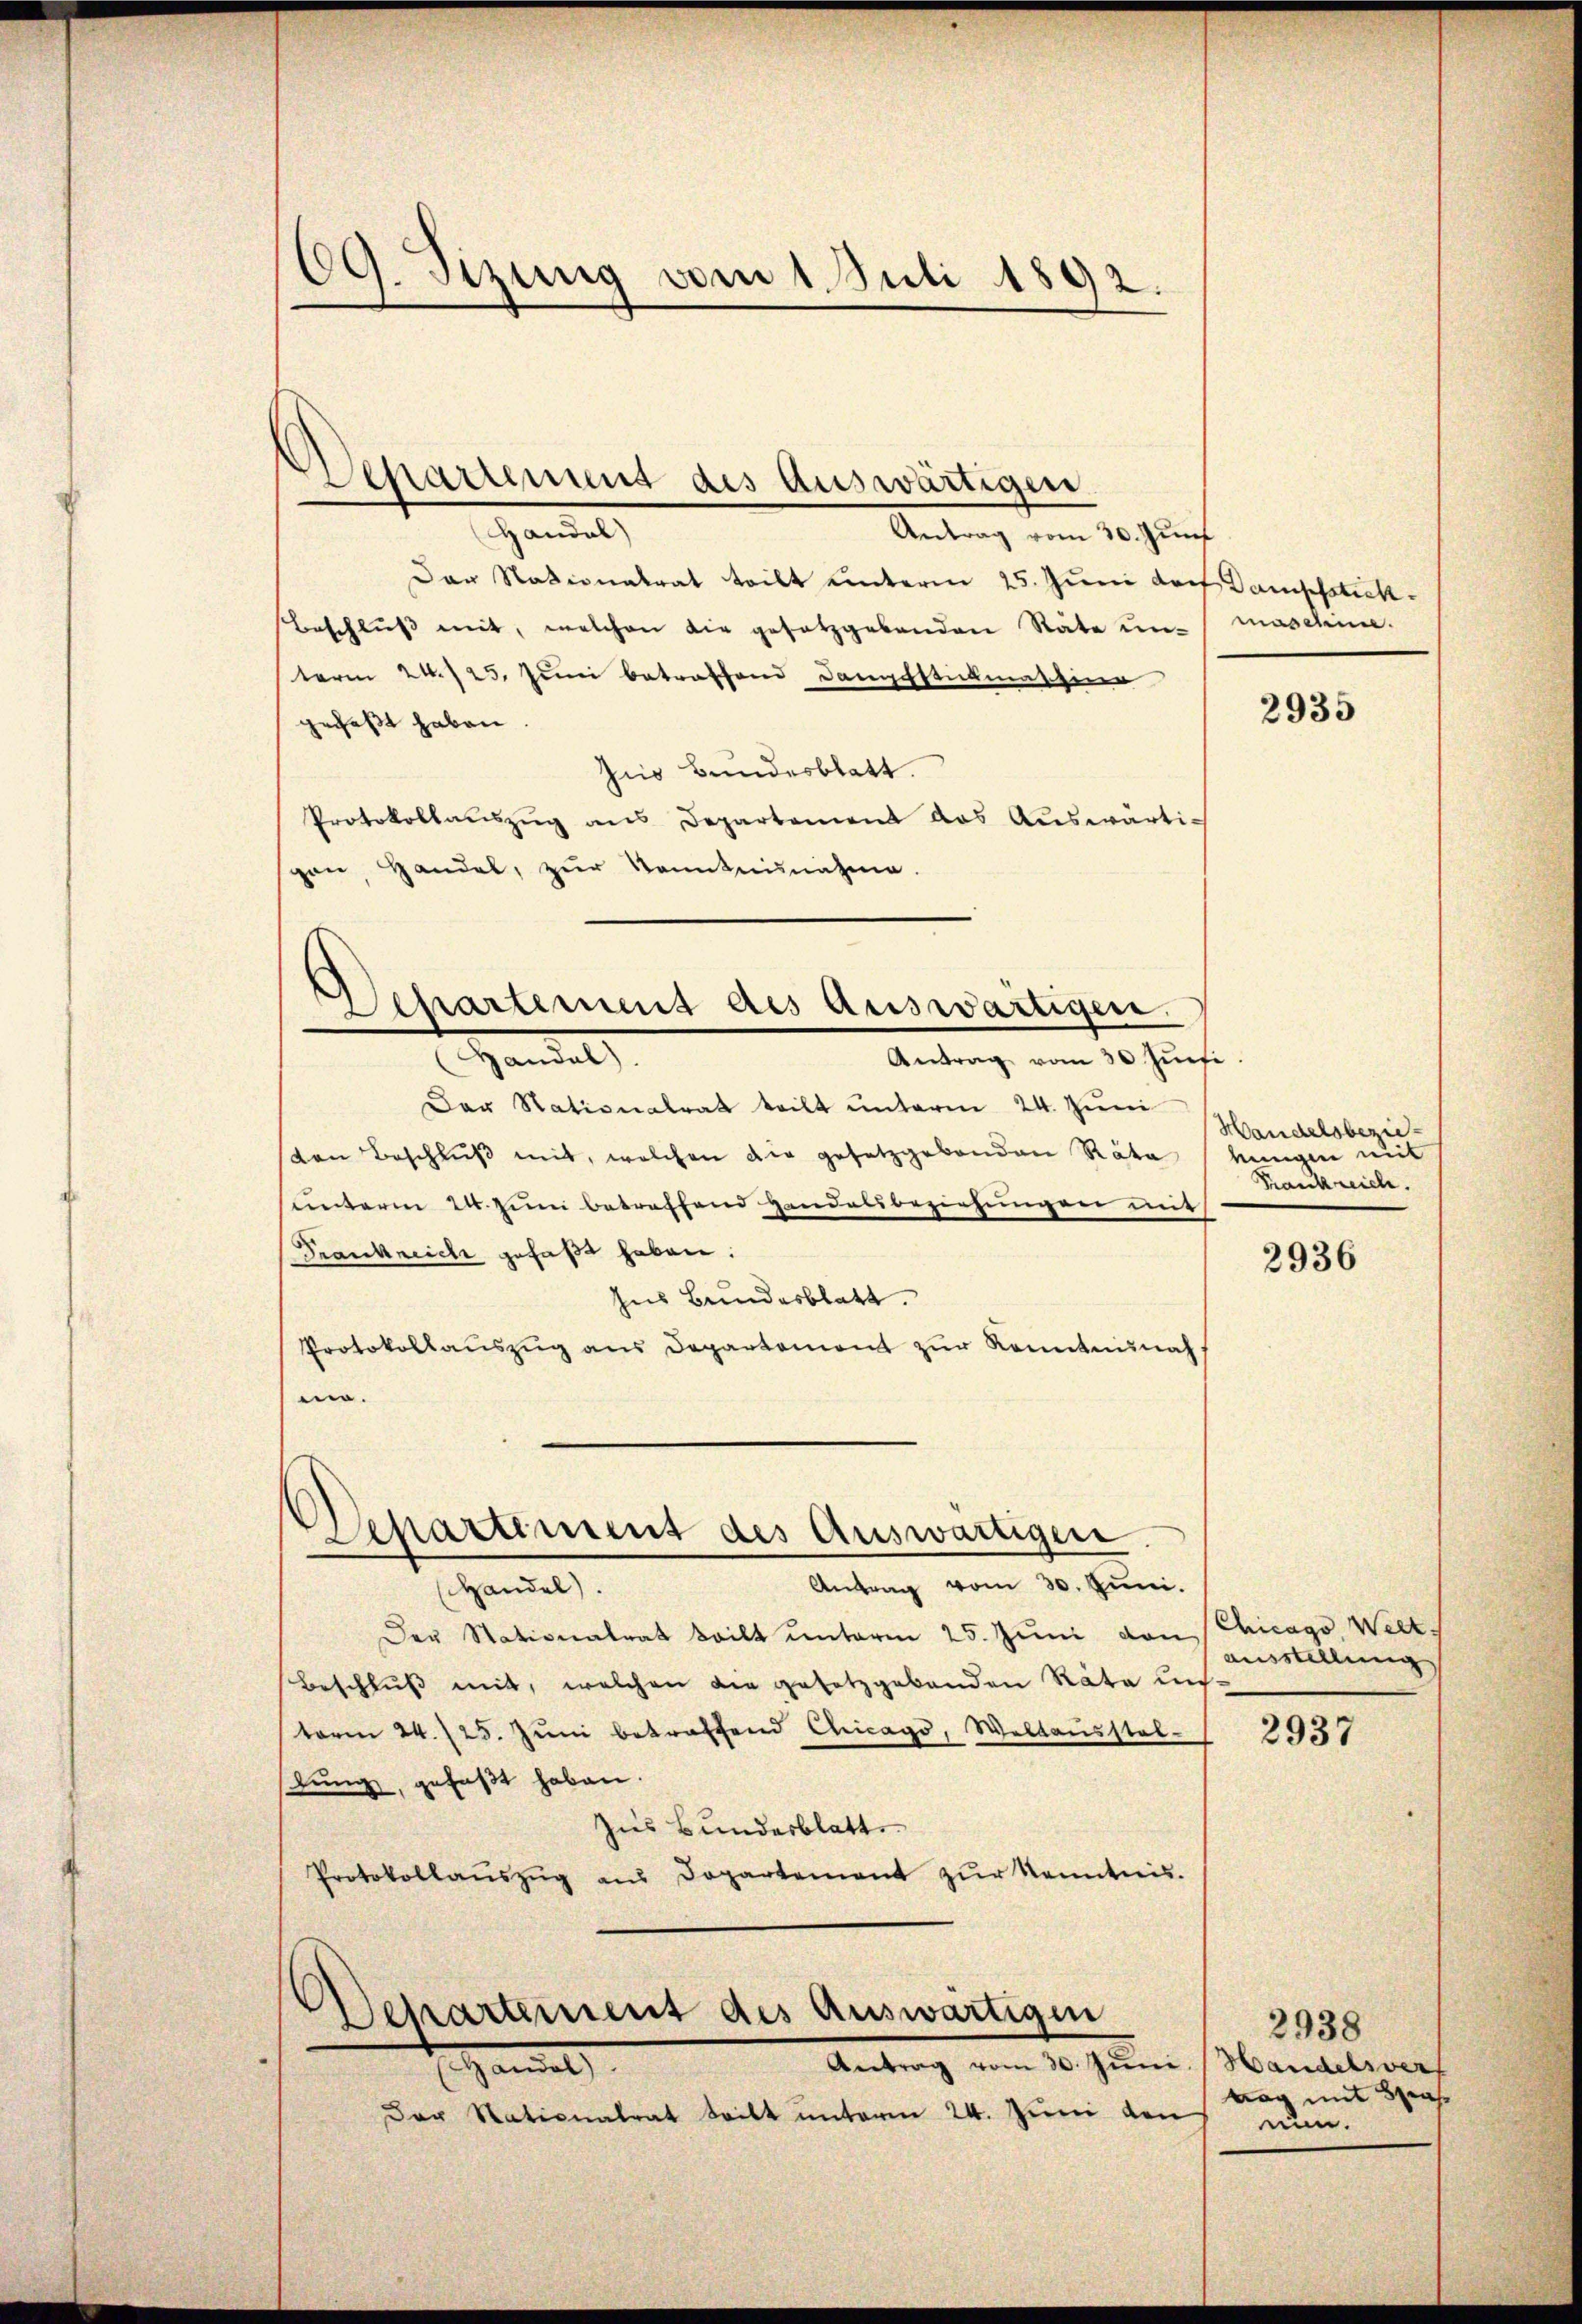
69. Sizung vom 1. Juli 1892.

Departement des auswärtigen

Handel
Antrag vom 30. Juni
Der Stationalrat teilt unterm 25. Juni doch Dampfstick
Beschlŭβ mit, welchen die gesetzgebenden Räte unterm 24. 125. Juni betreffend Dampfstickmaschine
gefaßt haben.
zis Bundesblatt.
Protokollaŭszŭg ans Departement das Aŭswärtipan, Handel, zŭr Kenntninatie.

Departement des Auswärtigen.
Handel
Antrag vom 30 Juni

Der Stationalrat teilt ŭnterm 24. Juni
ten Beschlŭβ mit, welchen die gesetzgebenden Rata
sunterm 24. zum betreffend Handesbeziehungen mit
Frankreich gefaßt haben.
Ins Bundesblatt.
Protokollaŭszŭg ans Departement zŭr Kenntninah
ma.

Separtiment des Auswärtigen.

Departement des Auswärtigen
Antrag vom 30. Juni.
Handel

Der Stationalrat teilt unterm 24. Juni den

maschien.

Antrag vom 30. Juni.
Handel.
Der Stationalrat teilt unterm 25. Juni von Chicago Welt-
Beschluß mit, welchen die gesetzgebenden Räte un
toren 24. 125. Jŭni betraffend Chicago, Weltausstel-
stung, gefaßt haben.
Zus Bundesblatt
Protokollaŭszŭg aŭs Dopartement zŭr Kenntnis.

2935

Handelsbezie-
eingen mit
Frankreich.

2936

Ausstellung

2937

2938
Handelsvers
tag mit Strafnun.